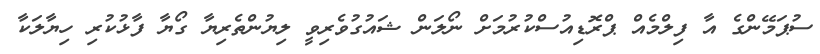
ސުޕަމޭންގެ އާ ފިލްމެއް ޕްރޮޑިއުސްކުރުމަށް ނޯލަން ޝައުގުވެރިވީ ލިޔުންތެރިޔާ ގޯޔާ ފާޅުކުރި ހިޔާލަކާ